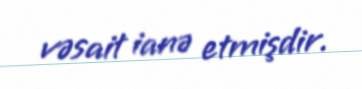
vəsait ianə etmişdir.